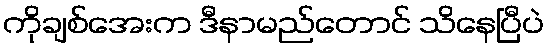
ကိုချစ်အေးက ဒီနာမည်တောင် သိနေပြီပဲ